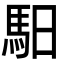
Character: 馹